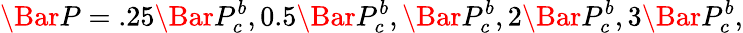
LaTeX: \Bar{P}=.25\Bar{P}_{c}^{b},0.5\Bar{P}_{c}^{b},\Bar{P}_{c}^{b},2\Bar{P}_{c}^{b},3\Bar{P}_{c}^{b},